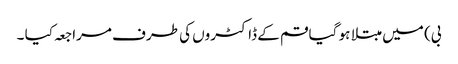
بی) میں مبتلا ہو گیا قم کے ڈاکٹروں کی طرف مراجعہ کیا ۔